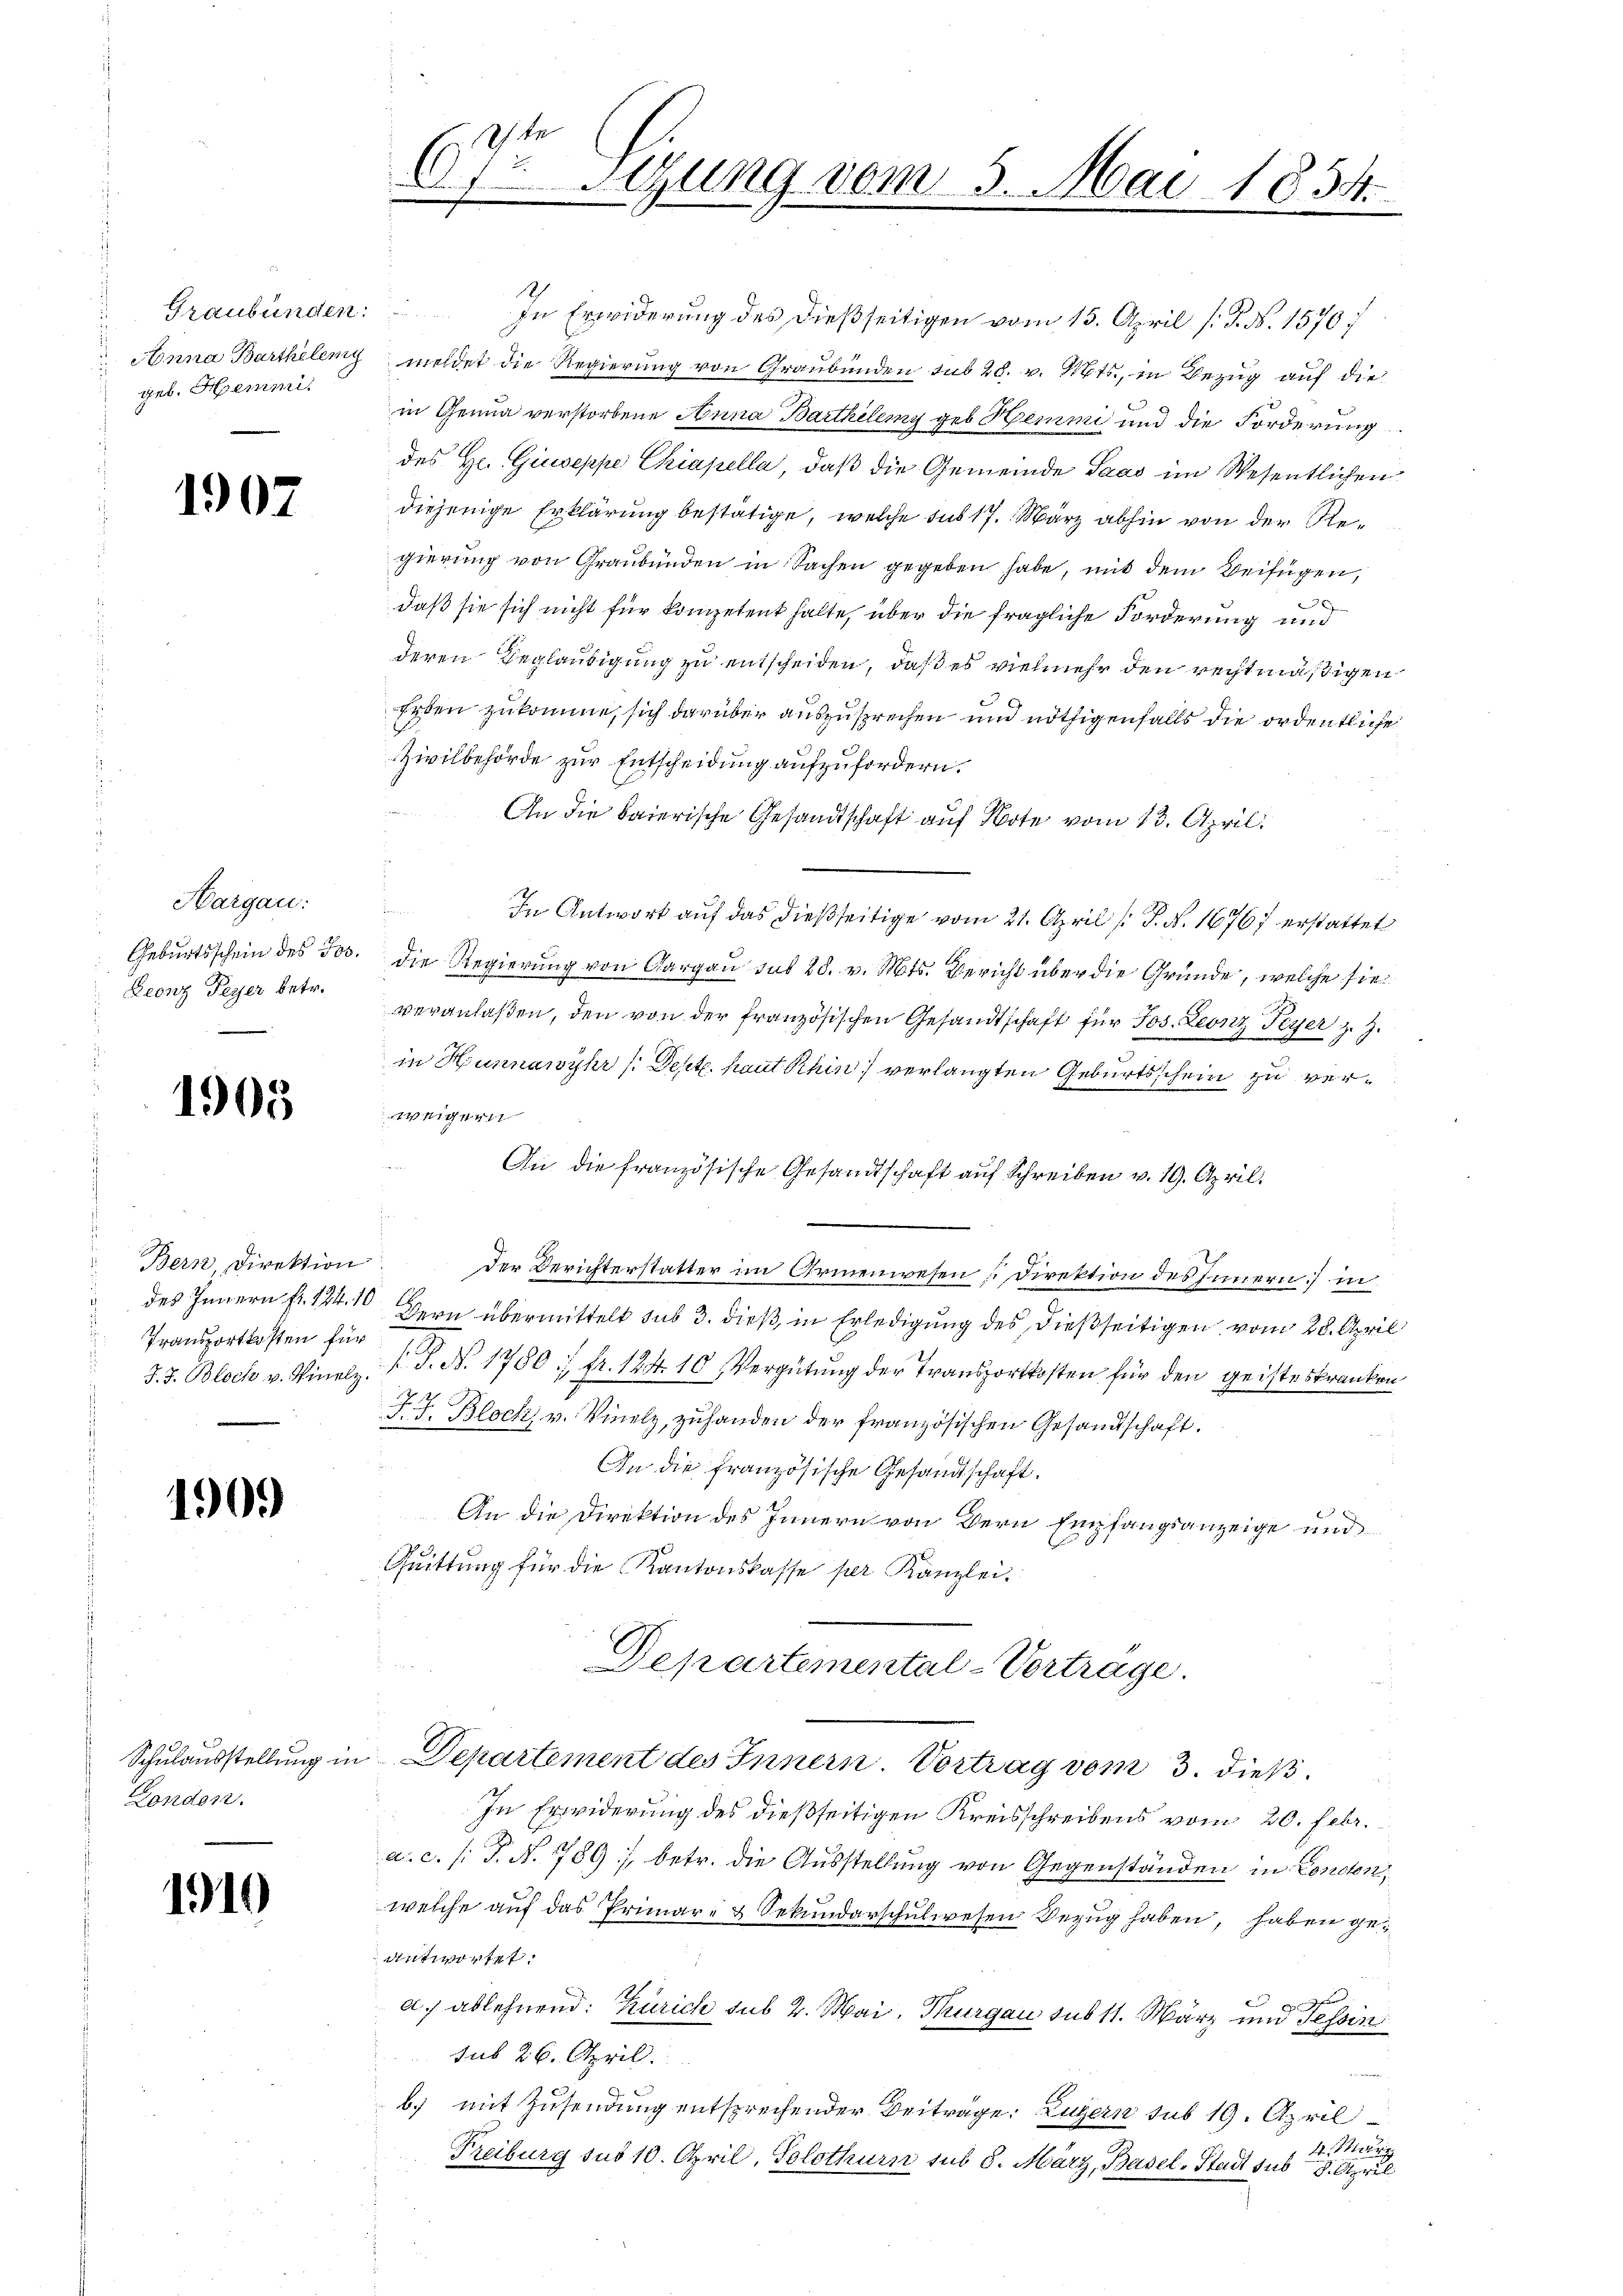
Anna Barthelemy
geb. Hemmi

1907

Hargau:
Geburtsschein des For
Leonz Feyer betr.

1905

Bern, Direktion
des Innern fr. 124. 1
Transportkosten für
J. J. Bloch v. Vinelz

1909

Schulausstellung
Fondon.

1910

h
6) Sitzung vom 5. Mai 1854.
e
.

Graubünden: In Erwiderung des dießseitigen vom 15. April (T. N. 1570
meldet die Regierung von Graubünden sub 28. v. Mts., in Bezug auf die
in Genua verstorbene Anna Barthilemy geb. Hemmi und die Forderung
des Hr. Giweppe Chiapella, daß die Gemeinde Saas im Wesentlichen
diejenige Erklärung bestätige, welche sub 17. März abhin von der Regierung von Graubünden in Sachen gegeben habe, mit dem Beifügen,
e
daß sie sich nicht für kompetent halte, über die fragliche Forderung und
deren Beglaubigung zu entscheiden, daß es vielmehr den rechtmäßigen
Leben zukomme, sich darüber auszusprechen und nöthigenfalls die ordentliche
Zivilbehörde zur Entscheidung aufzufordern.
An die baierische Gesandtschaft auf Note vom 13. April.
t
In Antwort auf das dießseitige vom 21. April l. J. N. 1676) erstattet
die Regierung von Aargau sub 28. v. Mts. Bericht über die Gründe, welche sie
veranlaßen, den von der französischen Gesandtschaft für Jos. Leonz Feyer z. Z.
in Hunnawyhr (Dept. haut Khin verlangten Geburtsschein zu ver¬
14411
An die französische Gesandtschaft auf Schreiben v. 19. April.
Der Berichterstatter im Armenwesen [Direktion des Innern in
Dern übermittelt sub 3. dieß, in Erledigung des dießseitigen vom 28. April
J. N. 1780 :/ fr. 124. 10. Vergütung der Transportkosten für den geisteskranken
F. J. Bloch v. Vinelz, zuhanden der französischen Gesandtschaft.
In die französische Gesandtschaft.
An die Direktion des Innern von Bern Empfangsanzeige und
Quittung für die Kantonskasse per Kanzlei.
Departemental-Vertrage.
Departement des Innern. Vortrag vom 3. dieß¬
In Erwiderung des dießseitigen Kreisschreibens vom 20. Febr.
a.c. (T. N. 789 :/ betr. die Ausstellung von Gegenständen in London,
welche auf das Primar- & Sekundarschulwesen Bezug haben, haben ge¬
Antwortet.
a.) ablehnend: Zürich sub 2. Mai, Thurgau sub 11. März und Tessin
sub 26. April.
b) mit Zusendung entsprechender Beiträge. Luzern sub 19. April
4. März
Freiburg sub 10. April, Solothurn sub 8. März, Basel-Stadt sub 8. April